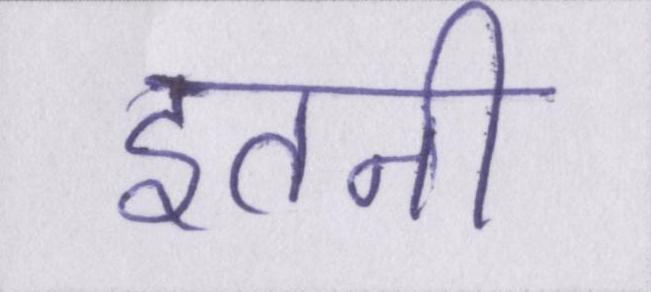
इतनी